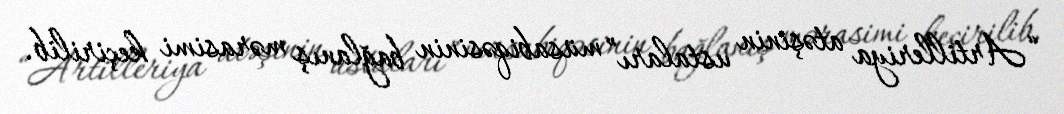
“Artilleriya atəşinin ustaları” müsabiqəsinin bağlanış mərasimi keçirilib.